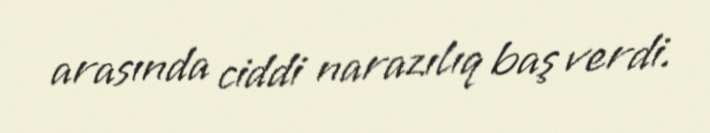
arasında ciddi narazılıq baş verdi.